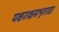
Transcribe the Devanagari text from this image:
यक्षराक्षसभूताद्या